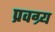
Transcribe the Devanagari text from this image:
प्रवग्र्य